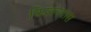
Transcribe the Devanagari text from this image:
किशनदास